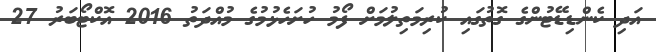
އަދި ކެންޑިޑޭޓުންގެ ގޮތުގައި ކުރިމަތިލުމަށް ފޯމު ހުށަހެޅުމުގެ މުއްދަތު 2016 އޮކްޓޯބަރު 27